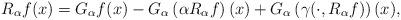
LaTeX: \begin{align*}R_{\alpha}f(x)=G_{\alpha}f(x)-G_{\alpha}\left(\alpha R_{\alpha}f\right)(x)+G_{\alpha}\left(\gamma(\cdot,R_{\alpha}f)\right)(x),\end{align*}